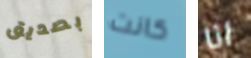
بصديق كانت انا